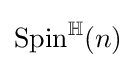
\operatorname {Spin} ^{\mathbb {H} }(n)